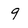
Character: 9